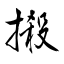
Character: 摋